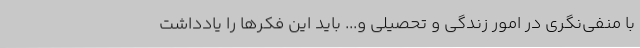
با منفی‌نگری در امور زندگی و تحصیلی و... باید این فکرها را یادداشت